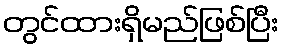
တွင်ထားရှိမည်ဖြစ်ပြီး